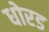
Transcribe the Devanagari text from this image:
धोरड